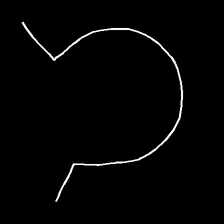
Glyph: weave